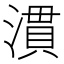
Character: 𪷈